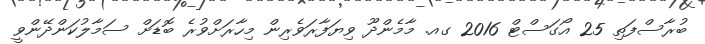
ބުރާސްފަތި 25 އޯގަސްޓް 2016 ގއ. މާމެންދޫ ވިޔަފާރަވެރިން މިހާރަށްވުރެ ބޮޑަށް ސަމާލުކަންދޭންވީ